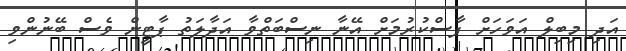
އަދި މިބިލް އަވަހަށް ފާސްކުރުމަށް އޭނާ ނިސްބަތްވާ އަދާލަތު ޕާޓީން ވެސް ބޭނުންވި